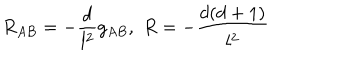
LaTeX: R _ { A B } = - \frac { d } { l ^ { 2 } } g _ { A B } , \, \, R = - \frac { d ( d + 1 ) } { l ^ { 2 } }